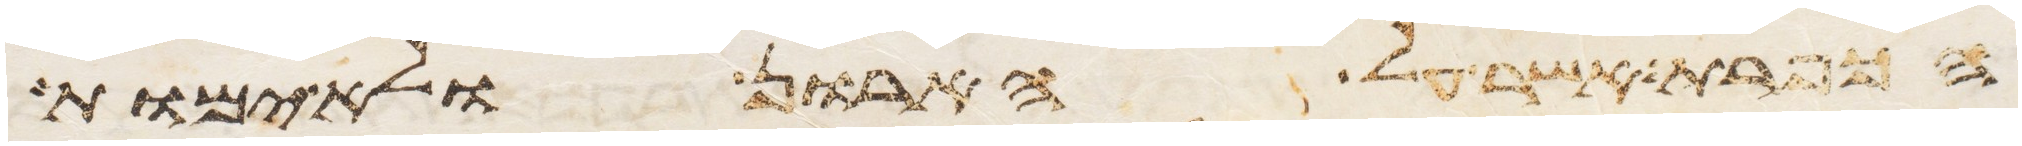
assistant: הכפרת אשר על הארון ולא ימות